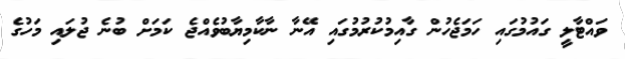
ވައްޓާލީ ގައުމުގައި ހަމަޖެހުން ގާއިމުކުރުމުގައި އޭނާ ނާކާމިޔާބުވެއްޖެ ކަމަށް ބުނެ ޖުލައި މަހުގެ